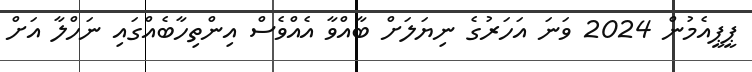
ޕީޕީއެމުން 2024 ވަނަ އަހަރުގެ ނިޔަލަށް ބާއްވާ އެއްވެސް އިންތިހާބެއްގައި ނަހްލާ އަށް